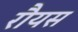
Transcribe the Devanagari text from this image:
रौयस